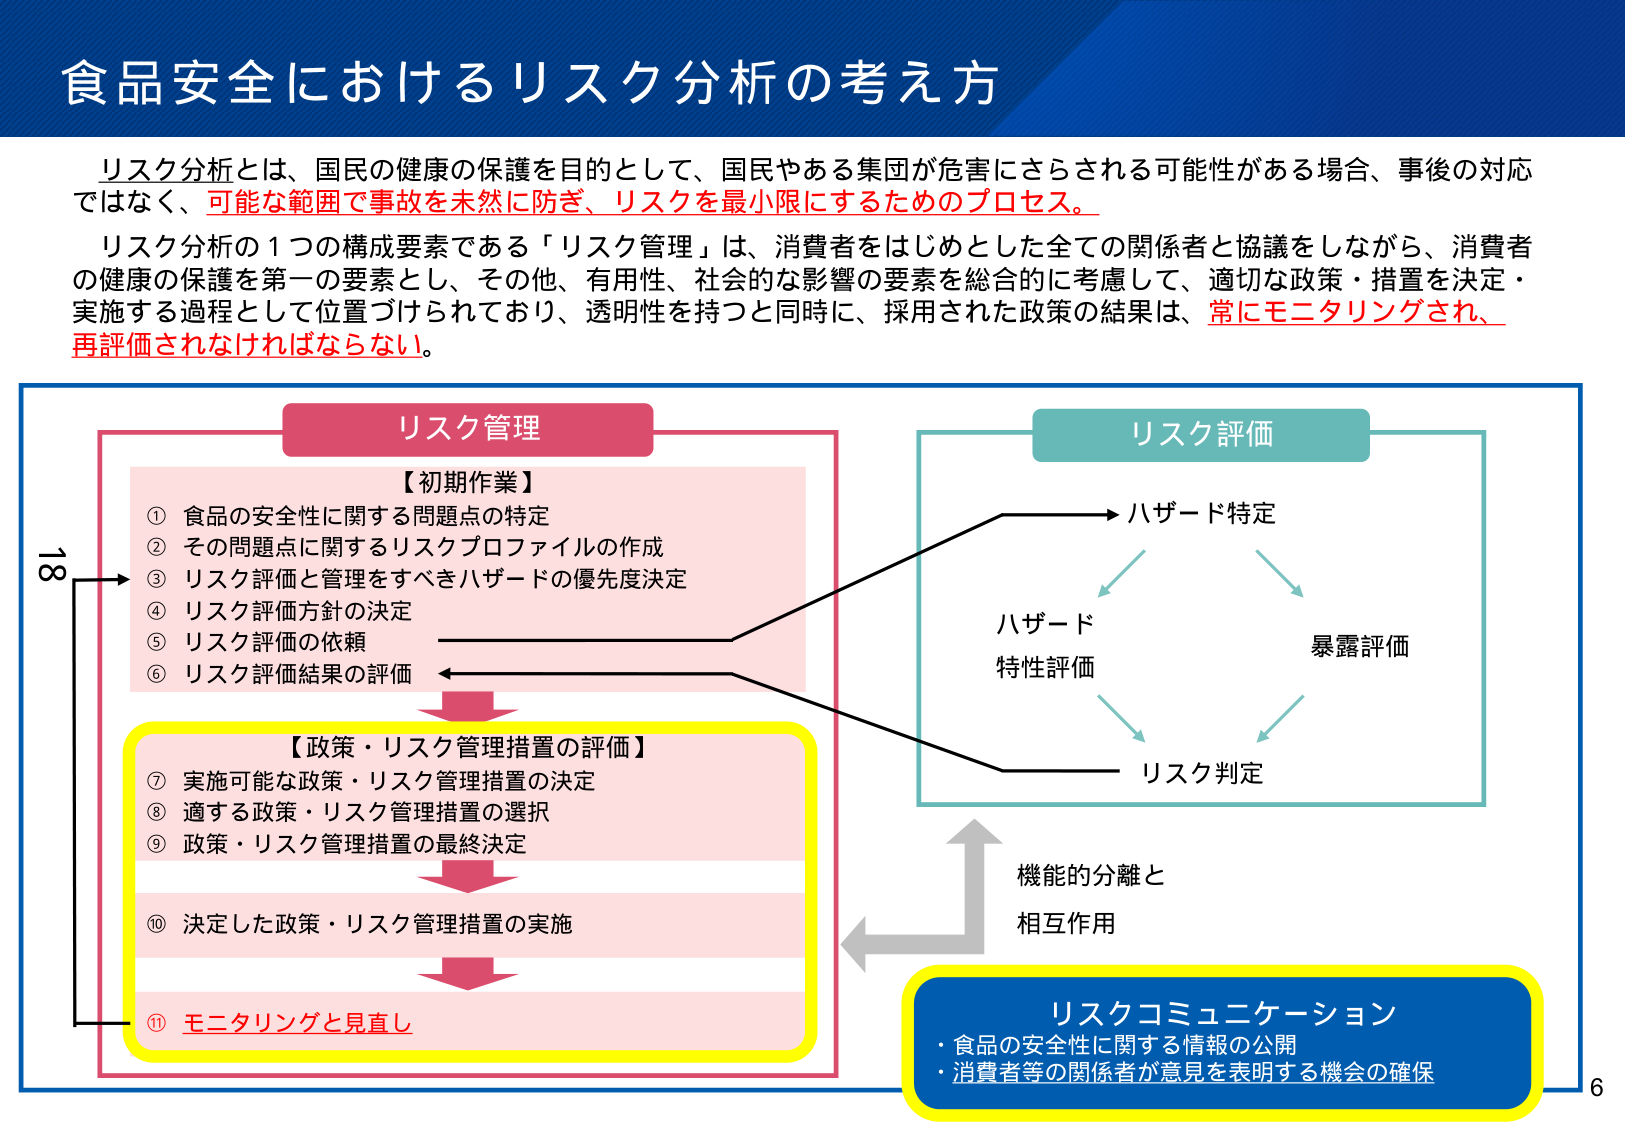
食品安全におけるリスク分析の考え方

リスク分析とは、国民の健康の保護を目的として、国民やある集団が危害にさらされる可能性がある場合、事後の対応ではなく、可能な範囲で事故を未然に防ぎ、リスクを最小限にするためのプロセス。

リスク分析の1つの構成要素である「リスク管理」は、消費者をはじめとした全ての関係者と協議をしながら、消費者の健康の保護を第一の要素とし、その他、有用性、社会的な影響の要素を総合的に考慮して、適切な政策・措置を決定・実施する過程として位置づけられており、透明性を持つと同時に、採用された政策の結果は、常にモニタリングされ、再評価されなければならない。

リスク管理
【初期作業】
① 食品の安全性に関する問題点の特定
② その問題点に関するリスクプロファイルの作成
③ リスク評価と管理をすべきハザードの優先度決定
④ リスク評価方針の決定
⑤ リスク評価の依頼
⑥ リスク評価結果の評価

【政策・リスク管理措置の評価】
⑦ 実施可能な政策・リスク管理措置の決定
⑧ 適する政策・リスク管理措置の選択
⑨ 政策・リスク管理措置の最終決定
⑩ 決定した政策・リスク管理措置の実施
⑪ モニタリングと見直し

リスク評価
→ ハザード特定
→ ハザード特性評価
→ 暴露評価
→ リスク判定

機能的分離と
相互作用

リスクコミュニケーション
・食品の安全性に関する情報の公開
・消費者等の関係者が意見を表明する機会の確保

18
6